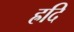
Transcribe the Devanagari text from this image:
ह्रदि